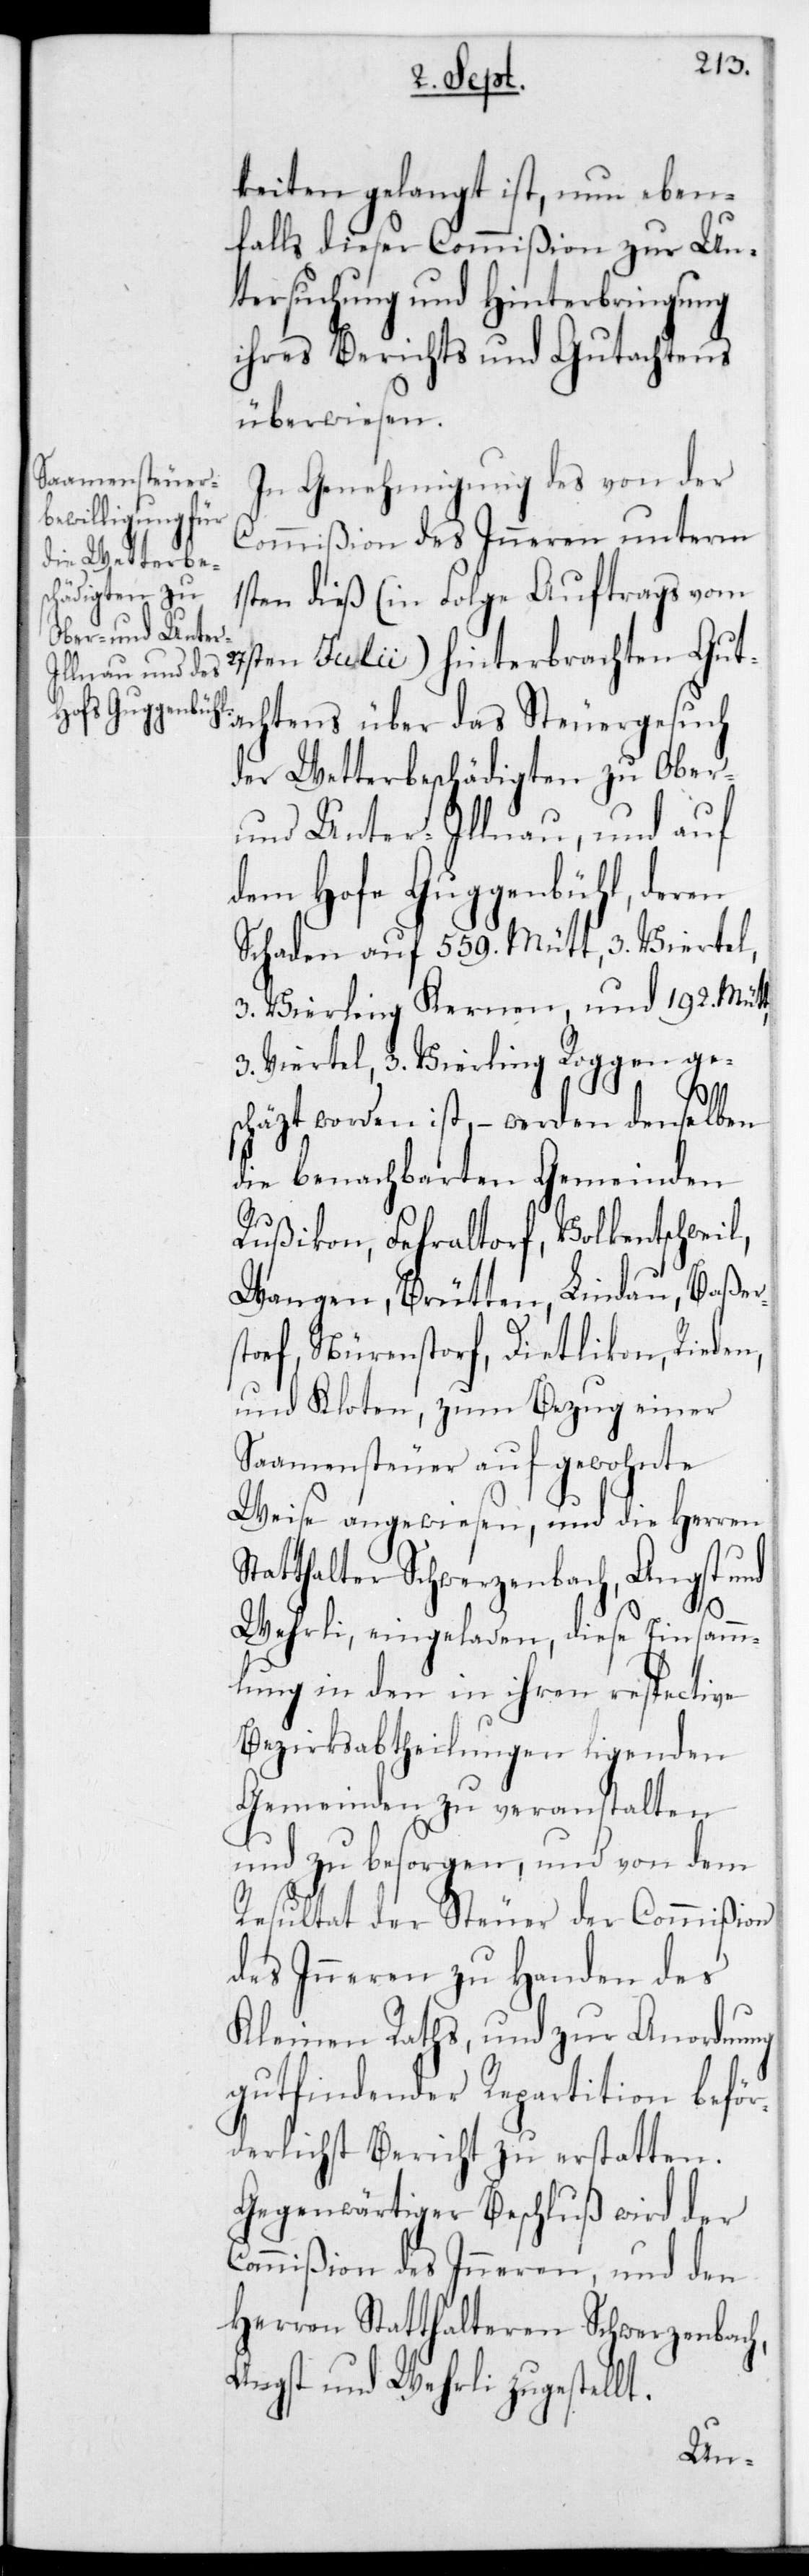
keiten gelangt ist, nun eben¬
falls dieser Commißion zur Un¬
tersuchung und Hinterbringung
ihres Berichts und Gutachtens
überwiesen.
In Genehmigung des von der
Commißion des Inneren unterm
1sten dieß (in Folge Auftrags vom
27sten Julii) hinterbrachten Gut¬
achtens über das Steuergesuch
der Wetterbeschädigten zu Ober-
und Unter-Illnau, und auf
dem Hofe Guggenbühl, deren
Schaden auf 559 Mütt, 3 Viertel,
3 Vierling Kernen; und 192 Mütt,
3 Viertel, 3 Vierling Roggen ge¬
schäzt worden ist, – werden denselben
die benachbarten Gemeinden
Rußikon, Fehraltorf, Volkentschweil,
Wangen, Brütten, Lindau, Baßer¬
storf, Nürenstorf, Dietlikon, Rieden
und Kloten zum Bezug einer
Saamensteuer auf gewohnte
Weise angewiesen, und die Herren
Statthalter Schwerzenbach, Angst und
Wehrli, eingeladen, diese Einsamm¬
lung in den in ihren respective
Bezirksabtheilungen ligenden
Gemeinden zu veranstalten
und zu besorgen, und von dem
Resultat der Steuer der Commißion
des Inneren zu Handen des
Kleinen Raths, und zur Anordnung
gut findender Repartition beför¬
derlichst Bericht zu erstatten.
Gegenwärtiger Beschluß wird der
Commißion des Inneren und den
Herren Statthalteren Schwerzenbach,
Angst und Wehrli zugestellt.